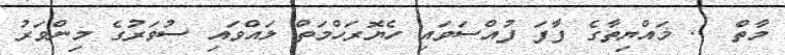
މާތް